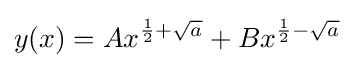
y(x)=Ax^{{\frac {1}{2}}+{\sqrt {a}}}+Bx^{{\frac {1}{2}}-{\sqrt {a}}}